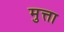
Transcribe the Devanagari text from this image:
मुत्ता